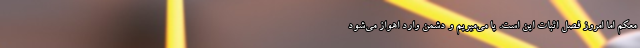
معکم اما امروز فصل اثبات این است. یا می‌میریم و دشمن وارد اهواز می‌شود